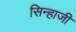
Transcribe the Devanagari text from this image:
सिन्हाजी